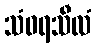
သံဝရသီလံ